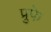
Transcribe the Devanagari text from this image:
प्रुफे